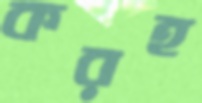
করহ